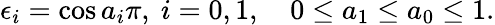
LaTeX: \epsilon_{i}=\cos a_{i}\pi,\ i=0,1,\quad 0\le a_{1}\le a_{0}\le 1.